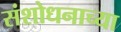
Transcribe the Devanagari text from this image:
संशोधनाच्‍या